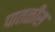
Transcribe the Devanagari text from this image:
पातळीस